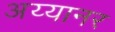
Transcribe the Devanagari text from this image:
अय्यानर